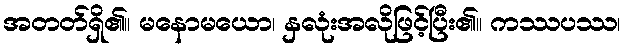
အတတ်ရှိ၏။ မနောမယော၊ နှလုံးအလိုဖြင့်ပြီး၏။ ကဿပဿ၊